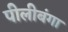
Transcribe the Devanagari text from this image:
पीलीबंगा